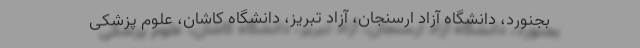
بجنورد، دانشگاه آزاد ارسنجان، آزاد تبریز، دانشگاه کاشان، علوم پزشکی